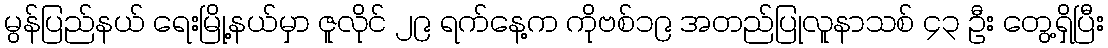
မွန်ပြည်နယ် ရေးမြို့နယ်မှာ ဇူလိုင် ၂၉ ရက်နေ့က ကိုဗစ်၁၉ အတည်ပြုလူနာသစ် ၄၃ ဦး တွေ့ရှိပြီး